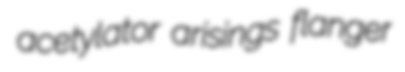
acetylator arisings flanger